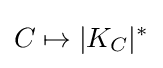
C\mapsto |K_{C}|^{*}